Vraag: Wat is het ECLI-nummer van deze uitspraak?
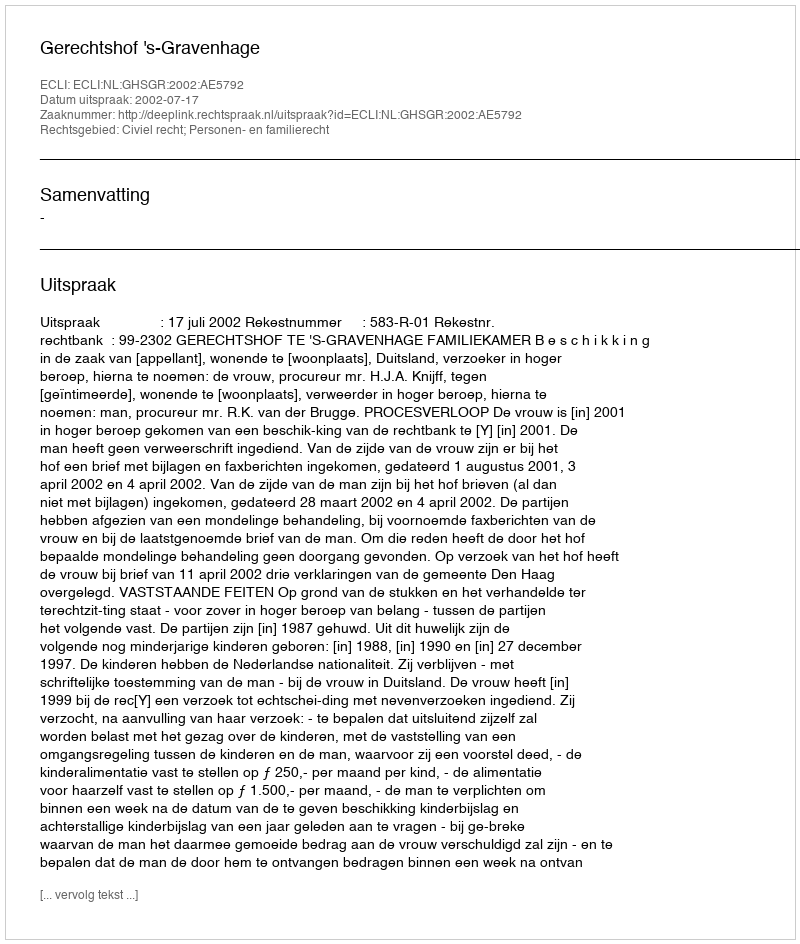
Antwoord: ECLI:NL:GHSGR:2002:AE5792